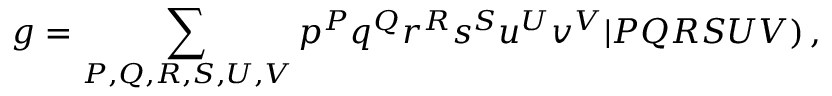
g = \sum _ { P , Q , R , S , U , V } p ^ { P } q ^ { Q } r ^ { R } s ^ { S } u ^ { U } v ^ { V } \vert P Q R S U V ) \, ,